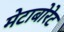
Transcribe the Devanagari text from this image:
मेटाबोरेट